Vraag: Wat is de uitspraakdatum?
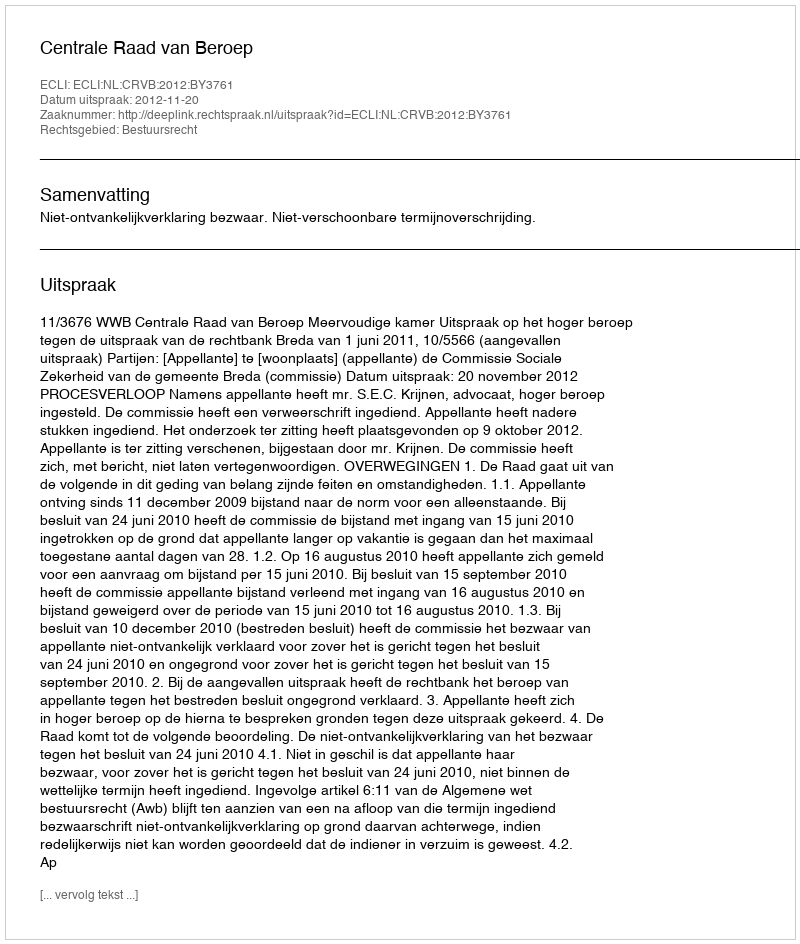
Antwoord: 2012-11-20